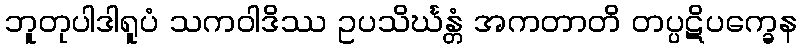
ဘူတုပါဒါရူပံ သကဝါဒိဿ ဥပသိင်္ဃန္တံ အကတာတိ တပ္ပဋိပက္ခေန